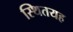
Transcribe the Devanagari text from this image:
स्थितयह